Civil Veterinary Dept. Bombay admin report 1923-31 - 1923-1931
Year: 1923
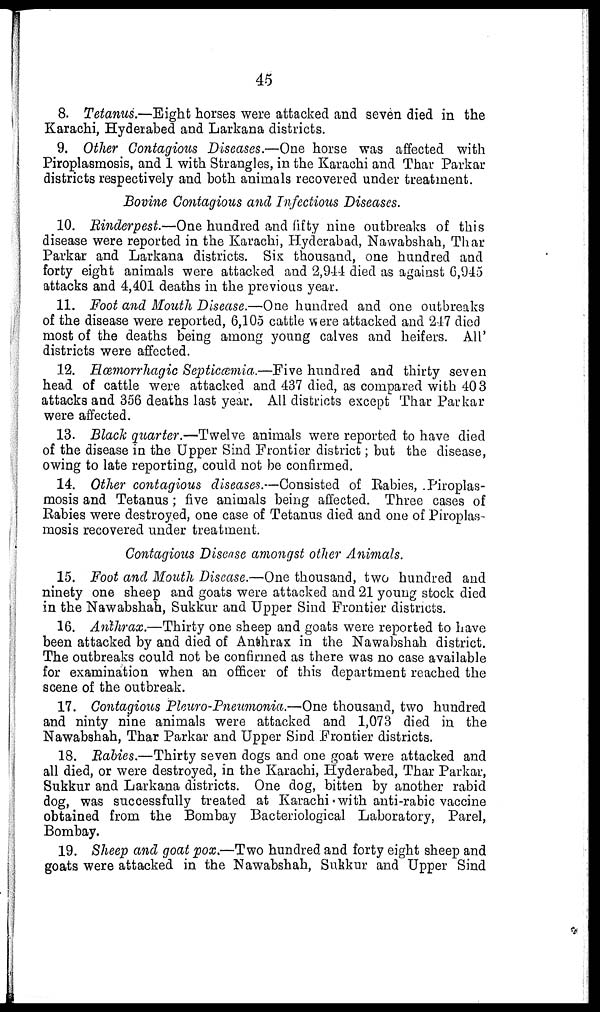
45
8. Tetanus.—Eight horses were attacked and seven died in the
Karachi, Hyderabed and Larkana districts.
9. Other Contagious Diseases.—One horse was affected with
Piroplasmosis, and 1 with Strangles, in the Karachi and Thar Parkar
districts respectively and both animals recovered under treatment.
Bovine Contagious and Infectious Diseases.
10. Rinderpest.—One hundred and fifty nine outbreaks of this
disease were reported in the Karachi, Hyderabad, Nawabshah, Thar
Parkar and Larkana districts. Six thousand, one hundred and
forty eight animals were attacked and 2,944 died as against 6,945
attacks and 4,401 deaths in the previous year.
11. Foot and Mouth Disease.—One hundred and one outbreaks
of the disease were reported, 6,105 cattle were attacked and 217 died
most of the deaths being among young calves and heifers. All
districts were affected.
12. Hœmorrhagic Septicœmia.—Five hundred and thirty seven
head of cattle were attacked and 437 died, as compared with 40 3
attacks and 356 deaths last year. All districts except Thar Parkar
were affected.
13. Black quarter.—Twelve animals were reported to have died
of the disease in the Upper Sind Frontier district; but the disease,
owing to late reporting, could not be confirmed.
14. Other contagious diseases.—Consisted of Rabies, Piroplas-
mosis and Tetanus; five animals being affected. Three cases of
Rabies were destroyed, one case of Tetanus died and one of Piroplas-
mosis recovered under treatment.
Contagious Disease amongst other Animals.
15. Foot and Mouth Disease.—One thousand, two hundred and
ninety one sheep and goats were attacked and 21 young stock died
in the Nawabshah, Sukkur and Upper Sind Frontier districts.
16. Anthrax.—Thirty one sheep and goats were reported to have
been attacked by and died of Anthrax in the Nawabshah district.
The outbreaks could not be confirmed as there was no case available
for examination when an officer of this department reached the
scene of the outbreak.
17. Contagious Pleuro-Pneumonia.—One thousand, two hundred
and ninty nine animals were attacked and 1,073 died in the
Nawabshah, Thar Parkar and Upper Sind Frontier districts.
18. Rabies.—Thirty seven dogs and one goat were attacked and
all died, or were destroyed, in the Karachi, Hyderabed, Thar Parkar,
Sukkur and Larkana districts. One dog, bitten by another rabid
dog, was successfully treated at Karachi with anti-rabic vaccine
obtained from the Bombay Bacteriological Laboratory, Parel,
Bombay.
19. Sheep and goat pox.—Two hundred and forty eight sheep and
goats were attacked in the Nawabshah, Sukkur and Upper Sind